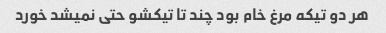
هر دو تیکه مرغ خام بود چند تا تیکشو حتی نمیشد خورد